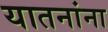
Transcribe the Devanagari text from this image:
यातनांना